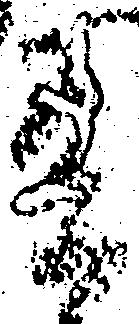
有